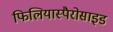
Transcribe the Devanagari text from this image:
फिलियास्पैरोसाइड